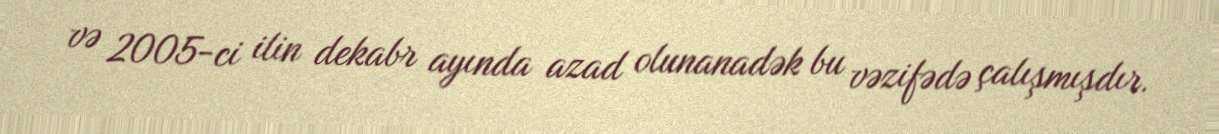
və 2005-ci ilin dekabr ayında azad olunanadək bu vəzifədə çalışmışdır.